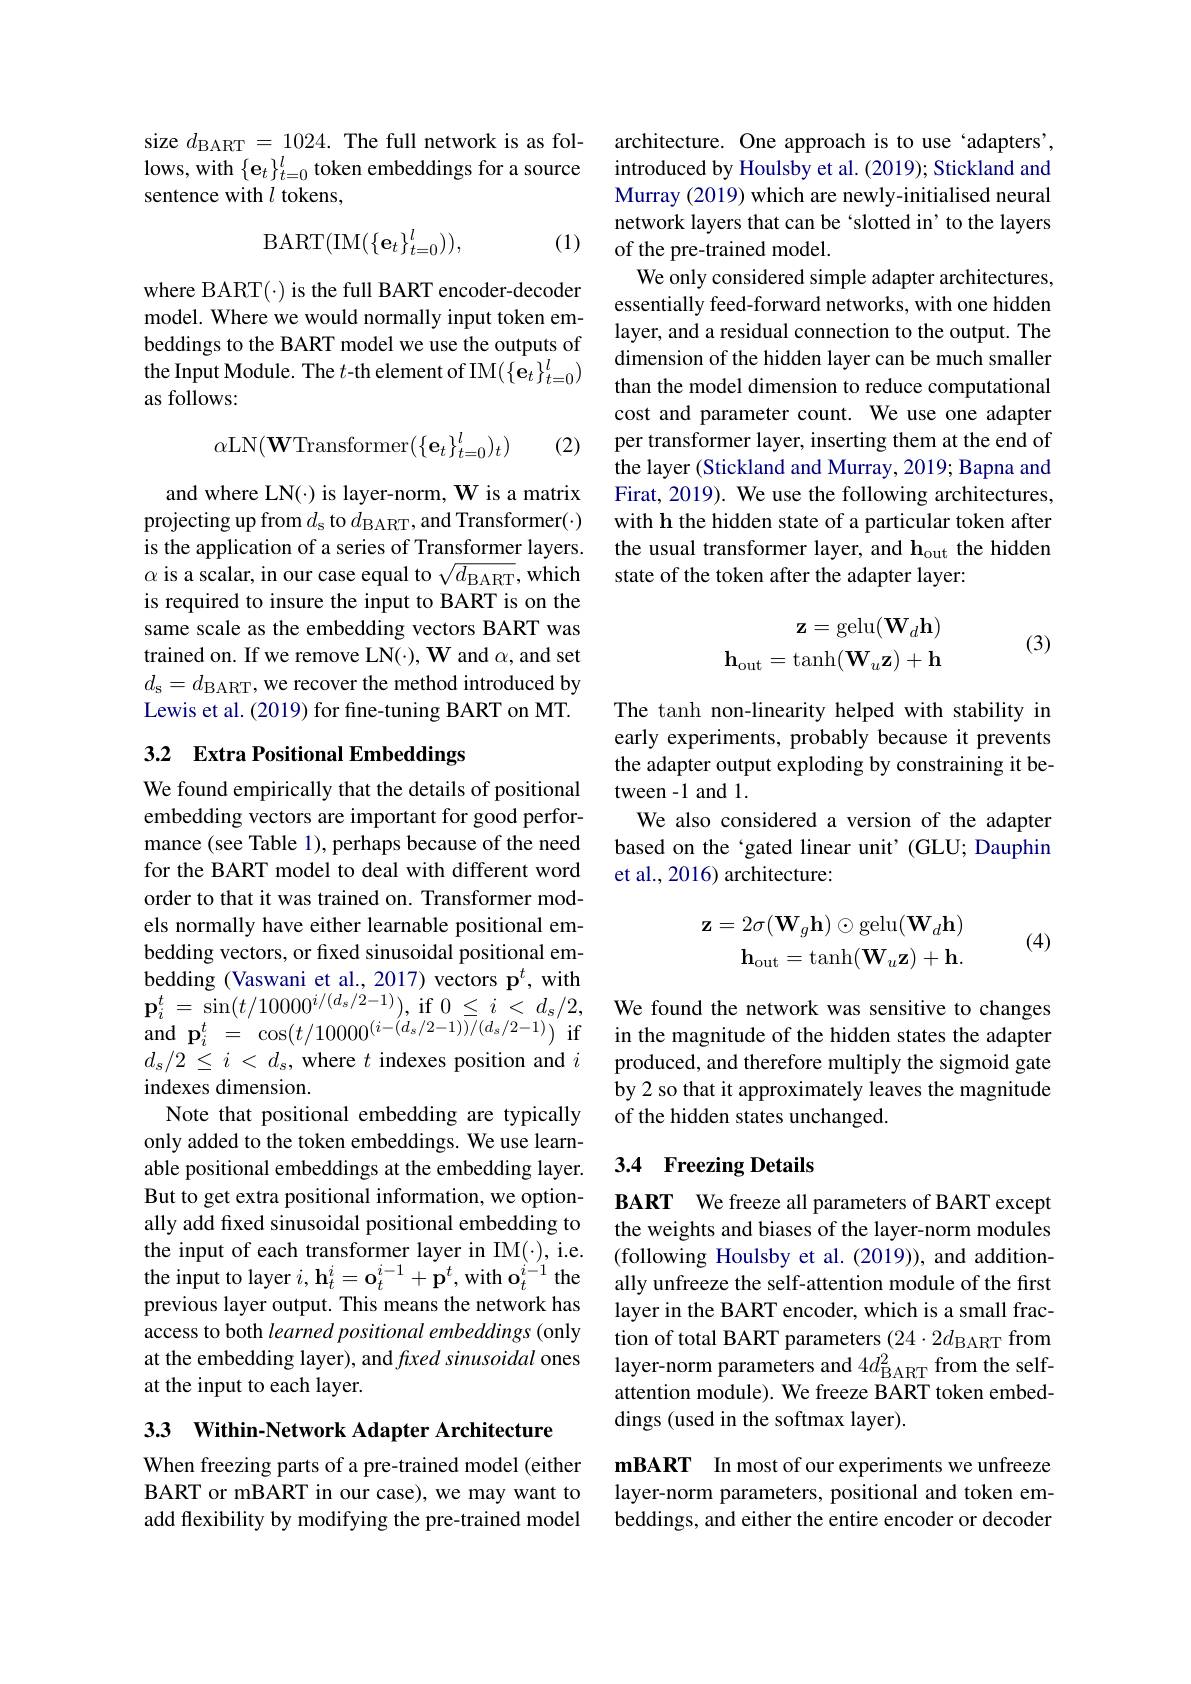
size $d_\mathrm{BART}=1024.$ The full network is as follows, with $\{\mathbf{e}_t\}_{t=0}^l$ token embeddings for a source sentence with $l$ tokens,

(1)
$$\mathrm{BART}(\mathrm{IM}(\{\mathbf{e}_{t}\}_{t=0}^{l})),$$
where BART(·) is the full BART encoder-decoder model. Where we would normally input token embeddings to the BART model we use the outputs of the Input Module. The $t$-th element of IM$(\{\dot{\mathbf{e}}_t\}_{t=0}^l)$ as follows:
$$\alpha\mathrm{LN}(\mathbf{W}\text{Transformer}(\{\mathbf{e}_t\}_{t=0}^l)_t)$$
(2)

and where LN(·) is layer-norm, W is a matrix projecting up from $d_\mathrm{s}$ to $d_\mathrm{BART}$,and Transformer(·) is the application of a series of Transformer layers. $\alpha$ is a scalar, in our case equal to $\sqrt d_\mathrm{BART}$,which is required to insure the input to BART is on the same scale as the embedding vectors BART was trained on. If we remove LN(·), W and $\alpha$, and set $d_{\mathrm{s}}=d_{\mathrm{BART}}$,we recover the method introduced by Lewis et al. (2019) for fine-tuning BART on MT.

## 3.2 Extra Positional Embeddings

We found empirically that the details of positional embedding vectors are important for good performance (see Table 1), perhaps because of the need for the BART model to deal with different word order to that it was trained on. Transformer models normally have either learnable positional embedding vectors, or fixed sinusoidal positional embedding (Vaswani et al., 2017) vectors p$^t$, with $d_s/2\leq i<d_s$, where $t$ indexes position and $i$ indexes dimension.
Note that positional embedding are typically only added to the token embeddings. We use learnable positional embeddings at the embedding layer. But to get extra positional information, we optionally add fixed sinusoidal positional embedding to the input of each transformer layer in IM(·), i.e. the input to layer $i,\mathbf{h}_t^i=\mathbf{o}_t^{i-1}+\mathbf{p}^t$, with $\mathbf{o}_t^i-1$ the previous layer output. This means the network has access to both learned positional embeddings (only at the embedding layer), and fixed sinusoidal ones at the input to each layer.

3.3 Within-Network Adapter Architecture

When freezing parts of a pre-trained model (either BART or mBART in our case), we may want to add flexibility by modifying the pre-t

architecture. One approach is to use `adapters', introduced by Houlsby et al. (2019); S Murray (2019) which are newly-initialised neural network layers that can be `slotted in' to the layers of the pre-trained model.
We only considered simple adapter arch essentially feed-forward networks, with one hidden layer, and a residual connection to th dimension of the hidden layer can be much smaller than the model dimension to reduce com cost and parameter count. We use one adapter per transformer layer, inserting them the layer (Stickland and Murray, 2019; Bapna and Firat, 2019). We use the following arc with h the hidden state of a particular token after the usual transformer layer, and h$_\mathrm{out}$ the hidden state of the token after the adapter layer:

(3)
$$\begin{array}{c}\mathbf{z}=\mathrm{gelu}(\mathbf{W}_d\mathbf{h})\\\mathbf{h}_{\mathrm{out}}=\mathrm{tanh}(\mathbf{W}_u\mathbf{z})+\mathbf{h}\end{array}$$
The tanh non-linearity helped with sta early experiments, probably because it the adapter output exploding by constraining it between -1 and 1
We also considered a version of the ad based on the‘gated linear unit’(GLU; Dauphin et al., 2016) architecture:
$$\begin{aligned}\mathbf{z}=2\sigma(\mathbf{W}_g\mathbf{h})\odot\mathrm{gelu}(\mathbf{W}_d\mathbf{h})\\\mathbf{h}_{\mathrm{out}}=\mathrm{tanh}(\mathbf{W}_u\mathbf{z})+\mathbf{h}.\end{aligned}$$
(4)

$\mathbf{p} _i^t= \sin ( t/ 10000^{i/ ( d_s/ 2- 1) }) $, if $0\leq i< d_s/ 2$, We found the network was sensitive to changes $\mathrm{and~p}_i^t=$ $\cos ( t/ 10000^{( i- ( d_s/ 2- 1) ) / ( d_s/ 2- 1) })$ if in the magnitude of the hidden states the adapter
produced, and therefore multiply the sigmoid gate by2 so that it approximately leaves th of the hidden states unchanged.

## 3.4 Freezing Details

BART We freeze all parameters of BART the weights and biases of the layer-norm modules (following Houlsby et al. (2019)), and ally unfreeze the self-attention module of the first layer in the BART encoder, which is a small fraction of total BART parameters $(24\cdot2d_{\mathrm{BART}}$ from layer-norm parameters and 4$d_\mathrm{BART}^2$ from the selfattention module). We freeze BART token embeddings (used in the softmax layer).

mBART In most of our experiments we unfreeze layer-norm parameters, positional and token embeddings, and either the entire encoder or decoder